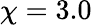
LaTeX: \chi=3.0